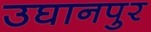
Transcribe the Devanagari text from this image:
उघानपुर